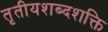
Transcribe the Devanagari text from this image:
तृतीयशब्दशक्ति